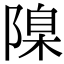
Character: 𨻄